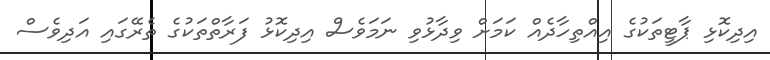
އިދިކޮޅި ޕާޓީތަކުގެ އިއްތިހާދެއް ކަމަށް ވިދާޅުވި ނަމަވެސް އިދިކޮޅު ފަރާތްތަކުގެ ތެރޭގައި އަދިވެސް